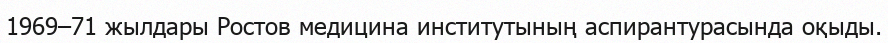
1969–71 жылдары Ростов медицина институтының аспирантурасында оқыды.